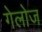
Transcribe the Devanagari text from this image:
गेलोज